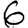
Digit: 6